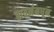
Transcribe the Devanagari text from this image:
बायर्नमधून